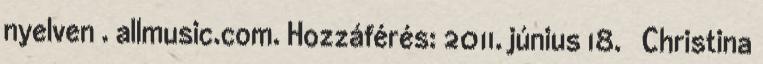
nyelven . allmusic.com. Hozzáférés: 2011. június 18. ↑ Christina